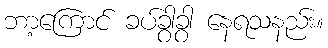
ဘာ့ကြောင် ခပ်ခွာခွာ နေရသနည်း။